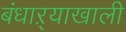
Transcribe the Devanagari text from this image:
बंधाऱ्याखाली